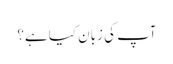
آپ کی زبان کیا ہے؟